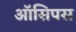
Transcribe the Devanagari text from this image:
ऑसिपस